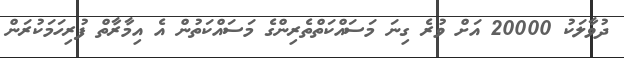
ދުވާލަކު 20000 އަށް ވުރެ ގިނަ މަސައްކަތްތެރިންގެ މަސައްކަތުން އެ އިމާރާތް ފުރިހަމަކުރަން